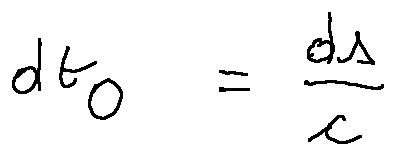
d t _ { 0 } = \frac { d s } { c }